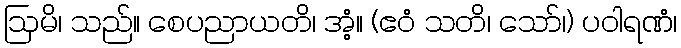
ဩမိ၊ သည်။ စေပညာယတိ၊ အံ့။ (ဧဝံ သတိ၊ သော်၊) ပဝါရဏံ၊